Calcutta medical institutions reports 1879-81 [i.e.91]
Year: 1879
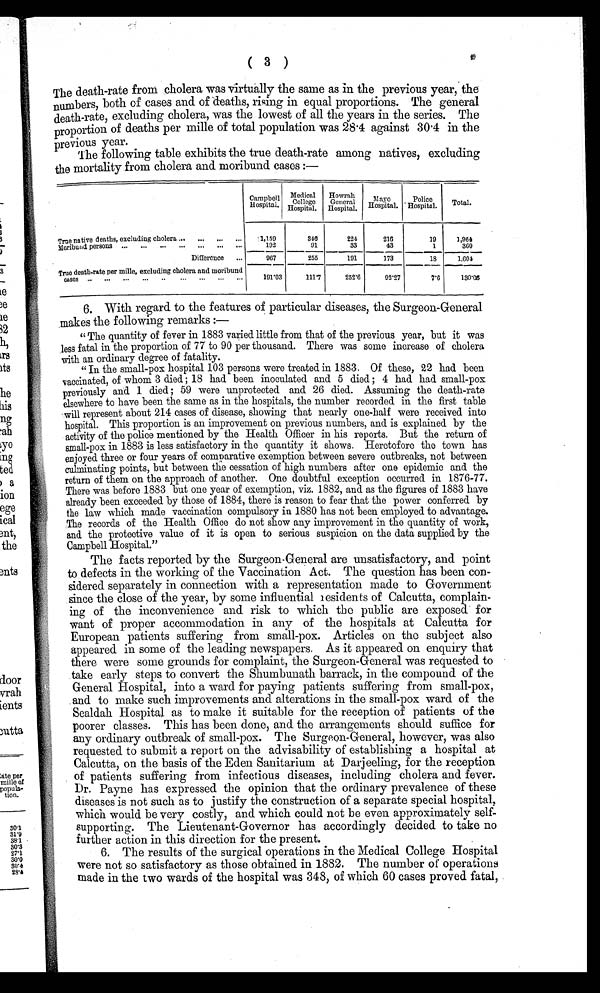
( 3 )
The death-rate from cholera was virtually the same as in the previous year, the
numbers, both of cases and of deaths, rising in equal proportions. The general
death-rate, excluding cholera, was the lowest of all the years in the series. The
proportion of deaths per mille of total population was 28.4 against 30.4 in the
previous year.
The following table exhibits the true death-rate among natives, excluding
the mortality from cholera and moribund cases :—
Campbell
Hospital.
Medical
Colleg
e H o s p i t a l .
Howrah
General
Hospital.
Mayo
Hospital.
Police
Hospital. Total.
True native deaths, excluding cholera ... ...
...
1,159
346
224
216
19
1,964
Moribund persons ... . . .
. . .
. . .
. . .
. . .
. . .
192
91
33
43
1
360
Difference ...
967
255 191
173
18
1,604
True death-rate per mille, excluding cholera and moribund cases
191.03
111.7
252.6
92.27
7.6
130.06
6. With regard to the features of particular diseases, the Surgeon-General
makes the following remarks : —
" The quantity of fever in 1883 varied little from that of the previous year, but it was
less fatal in the proportion of 77 to 90 per thousand. There was some increase of cholera
with an ordinary degree of fatality.
" In the small-pox hospital 103 persons were treated in 1883. Of these, 22 had been
vaccinated, of whom 3 died ; 18 had been inoculated and 5 died ; 4 had had small-pox
previously and 1 died ; 59 were unprotected and 26 died. Assuming the death-rate
elsewhere to have been the same as in the hospitals, the number recorded in the first table
will represent about 214 cases of disease, showing that nearly one-half were received into
hospital. This proportion is an improvement on previous numbers, and is explained by the
activity of the police mentioned by the Health Officer in his reports. But the return of
small-pox in 1883 is less satisfactory in the quantity it shows. Heretofore the town has
enjoyed three or four years of comparative exemption between severe outbreaks, not between
culminating points, but between the cessation of high numbers after one epidemic and the
return of them on the approach of another. One doubtful exception occurred in 1876-77.
There was before 1883 but one year of exemption, viz. 1882, and as the figures of 1883 have
already been exceeded by those of 1884, there is reason to fear that the power conferred by
the law which made vaccination compulsory in 1880 has not been employed to advantage.
The records of the Health Office do not show any improvement in the quantity of work,
and the protective value of it is open to serious suspicion on the data supplied by the
Campbell Hospital."
The facts reported by the Surgeon-General are unsatisfactory, and point
to defects in the working of the Vaccination Act. The question has been con-
sidered separately in connection with a representation made to Government
since the close of the year, by some influential residents of Calcutta, complain-
ing of the inconvenience and risk to which the public are exposed for
want of proper accommodation in any of the hospitals at Calcutta for
European patients suffering from small-pox. Articles on the subject also
appeared in some of the leading newspapers. As it appeared on enquiry that
there were some grounds for complaint, the Surgeon-General was requested to
take early steps to convert the Shumbunath barrack, in the compound of the
General Hospital, into a ward for paying patients suffering from small-pox,
and to make such improvements and alterations in the small-pox ward of the
Sealdah Hospital as to make it suitable for the reception of patients of the
poorer classes. This has been done, and the arrangements should suffice for
a n y o r d i n a r y o u t b r e a k o f s m a l l - p o x . T h e S u r g e o n - G e n e r a l , h o w e v e r , w a s a l s o
requested to submit a report on the advisability of establishing a hospital at
Calcutta, on the basis of the Eden Sanitarium at Darjeeling, for the reception
of patients suffering from infectious diseases, including cholera and fever.
Dr. Payne has expressed the opinion that the ordinary prevalence of these
diseases is not such as to justify the construction of a separate special hospital,
which would be very costly, and which could not be even approximately self
¬ s u p p o r t i n g . T h e L i e u t e n a n t - G o v e r n o r h a s a c c o r d i n g l y d e c i d e d t o t a k e n o
further action in this direction for the present.
6. The results of the surgical operations in the Medical College Hospital
were not so satisfactory as those obtained in 1882. The number of operations
made in the two wards of the hospital was 348, of which 60 cases proved fatal,